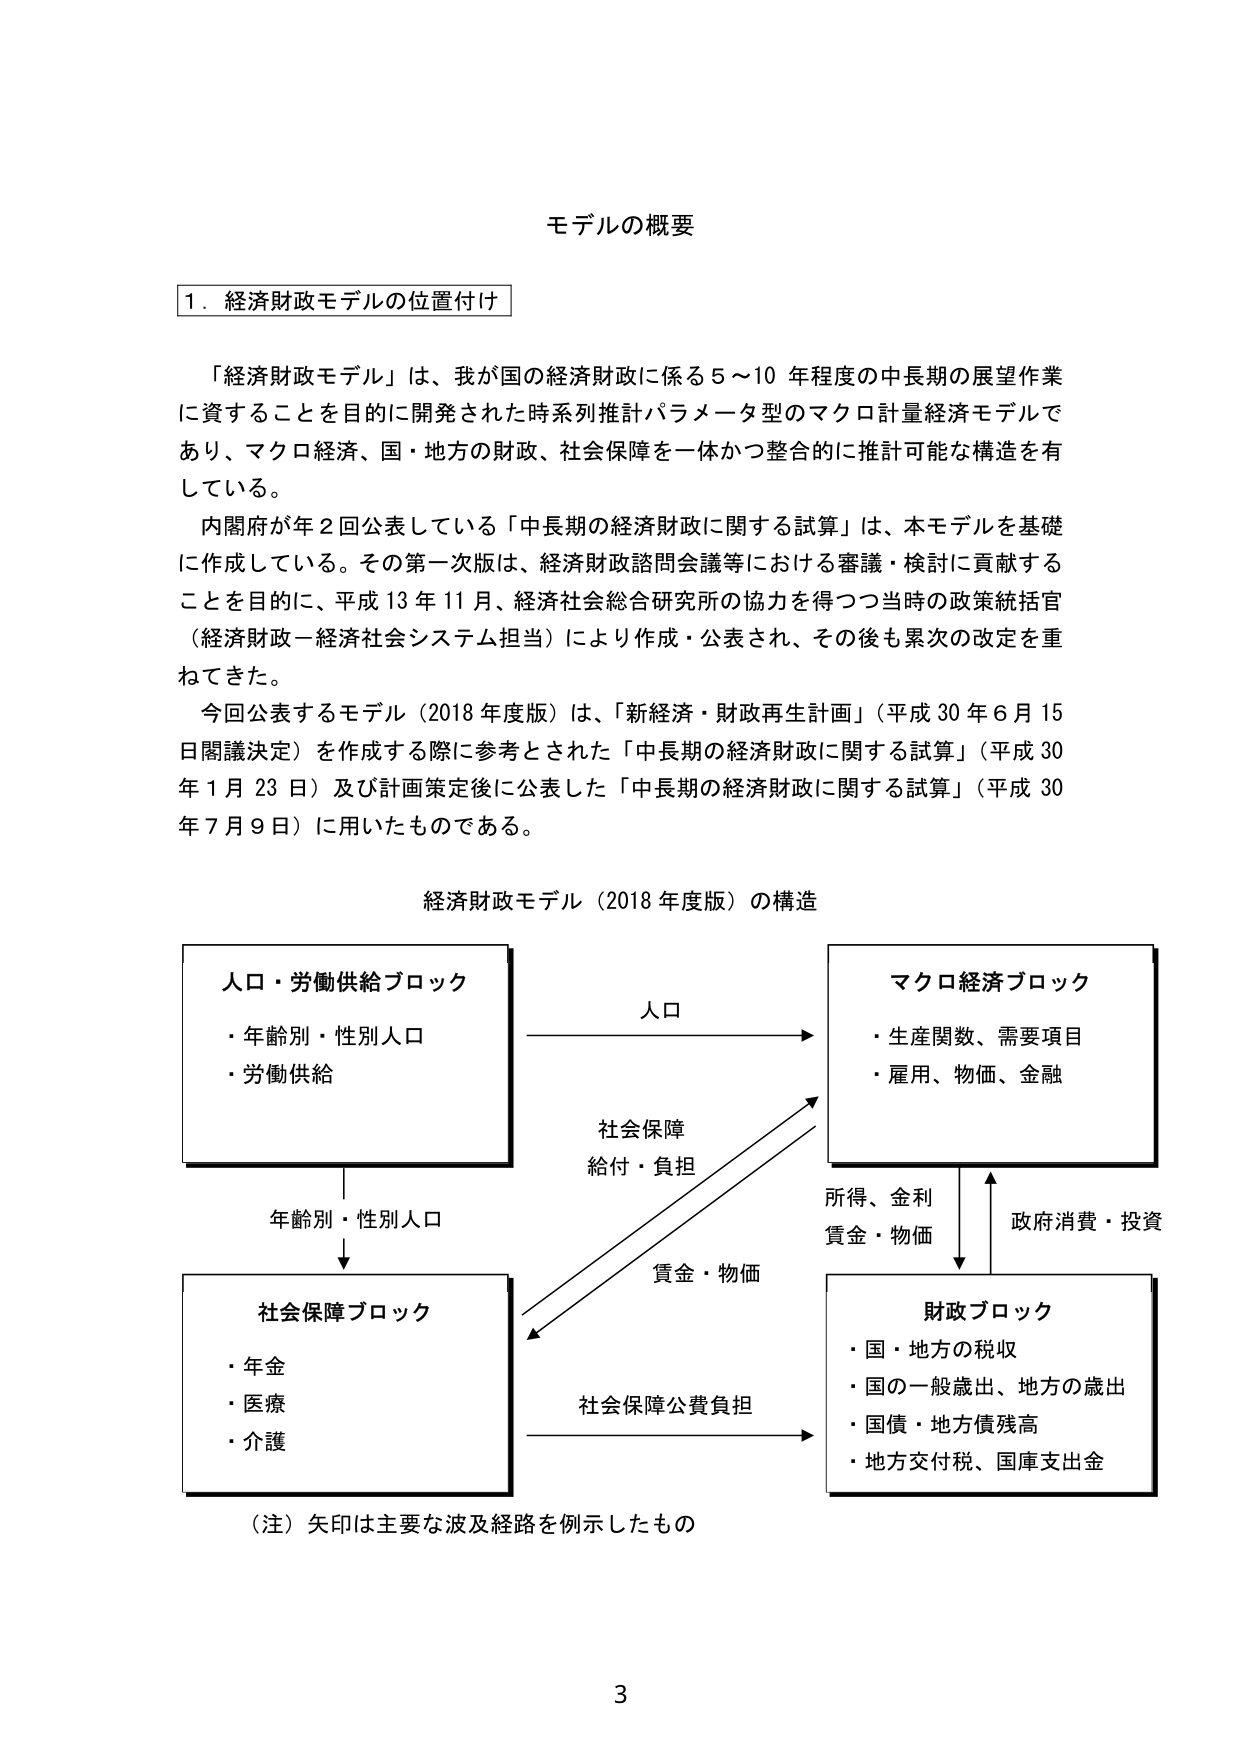
モデルの概要

1. 経済財政モデルの位置付け

「経済財政モデル」は、我が国の経済財政に係る5～10年程度の中長期の展望作業に資することを目的に開発された時系列推計パラメータ型のマクロ計量経済モデルであり、マクロ経済、国・地方の財政、社会保障を一体かつ整合的に推計可能な構造を有している。

内閣府が年2回公表している「中長期の経済財政に関する試算」は、本モデルを基礎に作成している。その第一次版は、経済財政諮問会議等における審議・検討に貢献することを目的に、平成13年11月、経済社会総合研究所の協力を得つつ当時の政策統括官（経済財政一経済社会システム担当）により作成・公表され、その後も累次の改定を重ねてきた。

今回公表するモデル（2018年度版）は、「新経済・財政再生計画」（平成30年6月15日閣議決定）を作成する際に参考とされた「中長期の経済財政に関する試算」（平成30年1月23日）及び計画策定後に公表した「中長期の経済財政に関する試算」（平成30年7月9日）に用いたものである。

経済財政モデル（2018年度版）の構造

人口・労働供給ブロック
・年齢別・性別人口
・労働供給

マクロ経済ブロック
・生産関数、需要項目
・雇用、物価、金融

社会保障ブロック
・年金
・医療
・介護

財政ブロック
・国・地方の税収
・国的一般歳出、地方の歳出
・国債・地方債残高
・地方交付税、国庫支出金

（注）矢印は主要な波及経路を例示したもの

人口
社会保障
給付・負担
所得、金利
賃金・物価
政府消費・投資
賃金・物価
社会保障公費負担
年齢別・性別人口

3